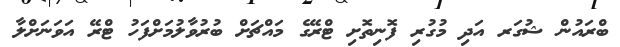
ބްރައުން ޝުގަރ އަދި މުގުރި ފޮނިތޮށި ޓްރޭގެ މައްޗަށް ބުރުވާލުމަށްފަހު ޓްރޭ އަވަނަށްލާ